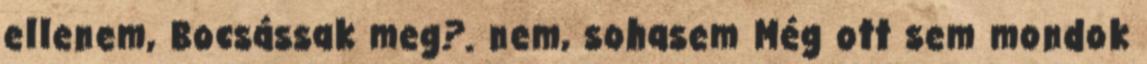
ellenem, Bocsássak meg?. nem, sohasem Még ott sem mondok